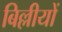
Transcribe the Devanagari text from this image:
बिल्लीयों